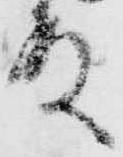
殿